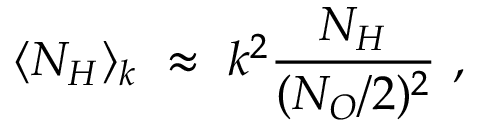
\langle N _ { H } \rangle _ { k } ~ \approx ~ k ^ { 2 } \frac { N _ { H } } { ( N _ { O } / 2 ) ^ { 2 } } ~ ,